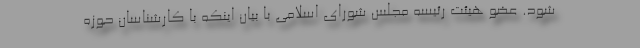
شود. عضو هیئت رئیسه مجلس شورای اسلامی با بیان اینکه با کارشناسان حوزه